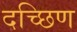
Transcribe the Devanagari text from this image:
दच्छिण